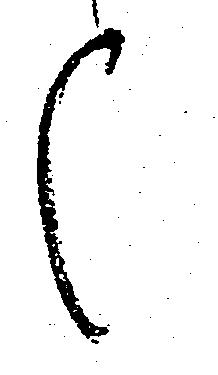
候